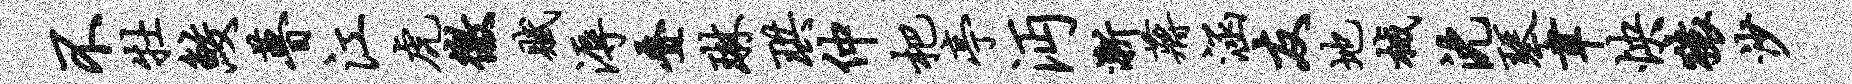
不牡鲛瞢江虎徼赋溽叠琳珙仲杷亭沔渐蒋涵友地械沈琴聿怏猿沙